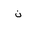
Letter: _non